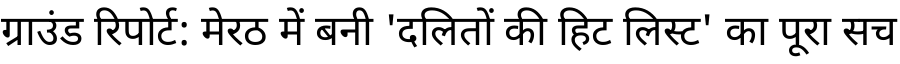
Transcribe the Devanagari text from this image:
ग्राउंड रिपोर्ट: मेरठ में बनी 'दलितों की हिट लिस्ट' का पूरा सच